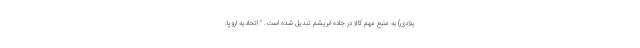
یلادی) به منبع مهم کالا در جاده ابریشم تبدیل شده است. " اتحادیه اروپا: